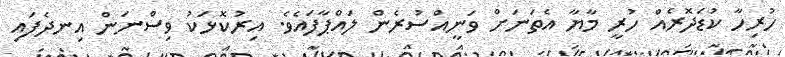
ހުރިހާ ކުޑަދޮރެއް ހުރީ މާޔާ އެތަނަށް ވަނީއްސުރެން ލައްޕާފައެވެ. އިރުކޮޅަކު ވިސްނަން އިނދެފައި